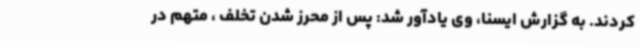
کردند. به گزارش ایسنا، وی یادآور شد: پس از محرز شدن تخلف ، متهم در